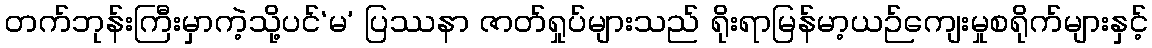
တက်ဘုန်းကြီးမှာကဲ့သို့ပင်‘မ’ ပြဿနာ ဇာတ်ရှုပ်များသည် ရိုးရာမြန်မာ့ယဉ်ကျေးမှုစရိုက်များနှင့်